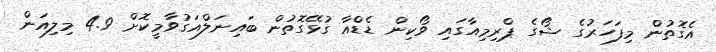
އެގޮތުން މިފަހަރުގެ ޝޯގެ ޕްރިމިއާގައި ވޯކިން ޑެޑްއާ ގުޅޭގޮތުން ބައިނަލްއަގުވާމީކޮށް 4.9 މިލިއަން